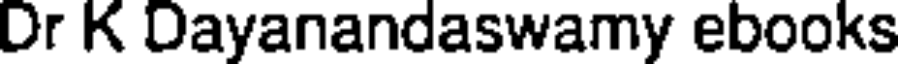
Dr K Dayanandaswamy ebooks